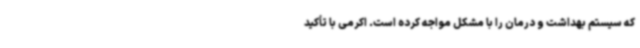
که سیستم بهداشت و درمان را با مشکل مواجه کرده است. اکرمی با تأکید